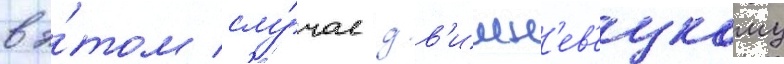
в э́том слу́чае д.в'ишн'ев'ецкому